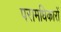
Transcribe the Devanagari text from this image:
परामधिकारों